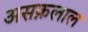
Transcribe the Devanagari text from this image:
असक़लाल